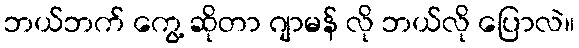
ဘယ်ဘက် ကွေ့ ဆိုတာ ဂျာမန် လို ဘယ်လို ပြောလဲ။